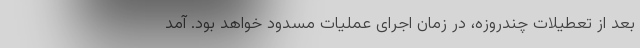
بعد از تعطیلات چندروزه، در زمان اجرای عملیات مسدود خواهد بود. آمد